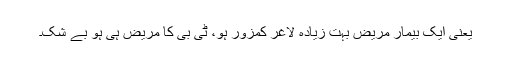
یعنی ایک بیمار مریض بہت زیادہ لاغر کمزور ہو، ٹی بی کا مریض ہی ہو بے شک۔